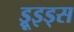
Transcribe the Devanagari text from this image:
ड्रूइड्स